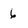
Character: 6